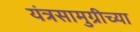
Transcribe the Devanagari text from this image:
यंत्रसामुग्रीच्या